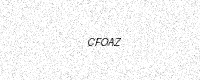
Text: CFOAZ